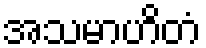
အသမာဟိတံ